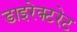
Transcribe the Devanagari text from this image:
डाइरेक्टरेट